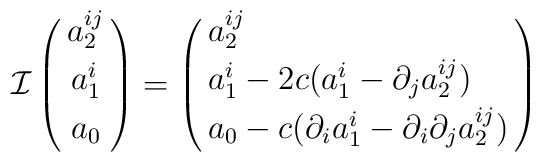
{\cal I} \left(\matrix{a_2^{ij} \cr\noalign{\smallskip}a_1^i \cr\noalign{\smallskip}a_0 \cr\noalign{\smallskip}} \right)= \left(\matrix{a_2^{ij} \hfill \cr\noalign{\smallskip}a_1^i -2c(a_1^i-\partial_ja_2^{ij})\hfill \cr\noalign{\smallskip}a_0 -c(\partial_ia_1^i-\partial_i\partial_ja_2^{ij})\cr\noalign{\smallskip}}\right)